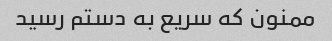
ممنون که سریع به دستم رسید